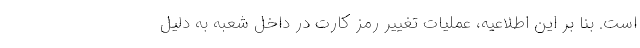
است. بنا بر این اطلاعیه، عملیات تغییر رمز کارت در داخل شعبه به دلیل